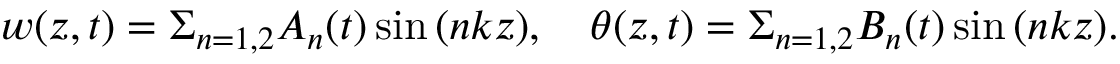
w ( z , t ) = \Sigma _ { n = 1 , 2 } A _ { n } ( t ) \sin { ( n k z ) } , \quad \theta ( z , t ) = \Sigma _ { n = 1 , 2 } B _ { n } ( t ) \sin { ( n k z ) } .